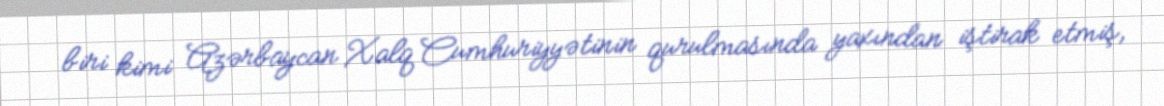
biri kimi Azərbaycan Xalq Cumhuriyyətinin qurulmasında yaxından iştirak etmiş,